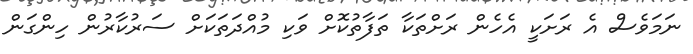
ނަމަވެސް އެ ރަށަކީ އެހެން ރަށްތަކާ ތަފާތުކޮށް ވަކި މުއްދަތަކަށް ސަރުކާރުން ހިންގަން